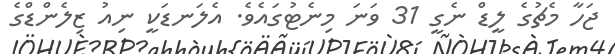
ޖަހާ މެޗުގެ ލީޑް ނެގީ 31 ވަނަ މިނެޓުގައެވެ. އެލަނޑަކީ ނިއު ޒިލެންޑްގެ